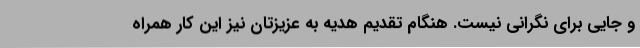
و جایی برای نگرانی نیست. هنگام تقدیم هدیه به عزیزتان نیز این کار همراه